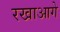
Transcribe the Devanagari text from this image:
रखाआगे